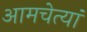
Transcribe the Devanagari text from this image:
आमचेत्यां